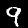
Digit: 9